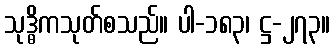
သုဒ္ဓိကသုတ်စသည်။ ပါ-၁၈၃၊ ဋ္ဌ-၂၇၃။